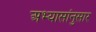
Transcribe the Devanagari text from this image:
अभ्यासांनुसार